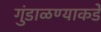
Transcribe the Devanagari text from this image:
गुंडाळण्याकडे